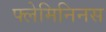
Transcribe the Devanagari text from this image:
फ्लेमिनिनस